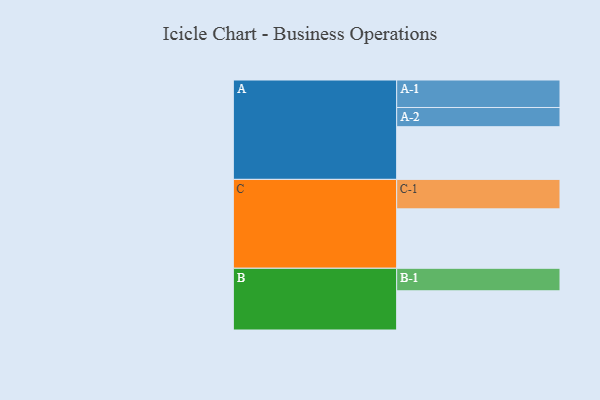
{"axis": {"x": "Segment", "y": "Value"}, "legend": ["", "A", "B", "C"], "data": [{"x": "A", "y": 477, "type": ""}, {"x": "B", "y": 355, "type": ""}, {"x": "C", "y": 538, "type": ""}, {"x": "A-1", "y": 249, "type": "A"}, {"x": "A-2", "y": 174, "type": "A"}, {"x": "B-1", "y": 204, "type": "B"}, {"x": "C-1", "y": 267, "type": "C"}]}